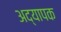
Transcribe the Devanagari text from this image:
अद्यापक